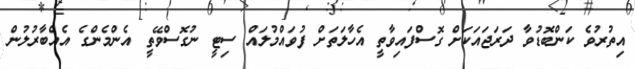
އިތުރުވެ ކަންބޮޑުވާ ދަރަޖައަކަށް ގޮސްފައިވާތީ އެހާލަތަށް ފުވައްމުލައް ސިޓީ ނުގޮސްވޭތީ އެންމެންގެ އެއްބާރުލުން